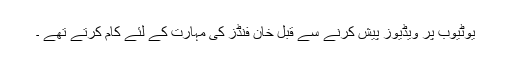
یوٹیوب پر ویڈیوز پیش کرنے سے قبل خان فنڈز کی مہارت کے لئے کام کرتے تھے ۔